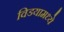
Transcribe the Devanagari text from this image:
विडयामध्ये